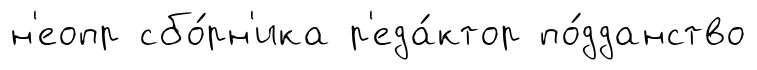
н'еопр сбо́рн'ика р'еда́ктор по́дданство